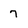
Character: 7